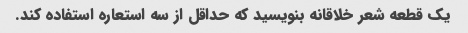
یک قطعه شعر خلاقانه بنویسید که حداقل از سه استعاره استفاده کند.